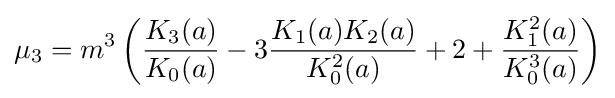
\mu _{3}=m^{3}\left({\frac {K_{3}(a)}{K_{0}(a)}}-3{\frac {K_{1}(a)K_{2}(a)}{K_{0}^{2}(a)}}+2+{\frac {K_{1}^{2}(a)}{K_{0}^{3}(a)}}\right)